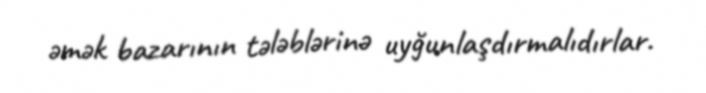
əmək bazarının tələblərinə uyğunlaşdırmalıdırlar.